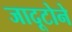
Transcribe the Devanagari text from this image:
जादूटोने